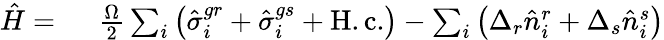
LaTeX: \begin{array}{rl}{\hat{H}=\ }&{{}\frac{\Omega}{2}\sum_{i}\left(\hat{\sigma}_{i}^{gr}+\hat{\sigma}_{i}^{gs}+\mathrm{H.c.}\right)-\sum_{i}\left(\Delta_{r}\hat{n}_{i}^{r}+\Delta_{s}\hat{n}_{i}^{s}\right)}\end{array}